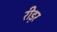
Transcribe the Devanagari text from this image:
रीड़र